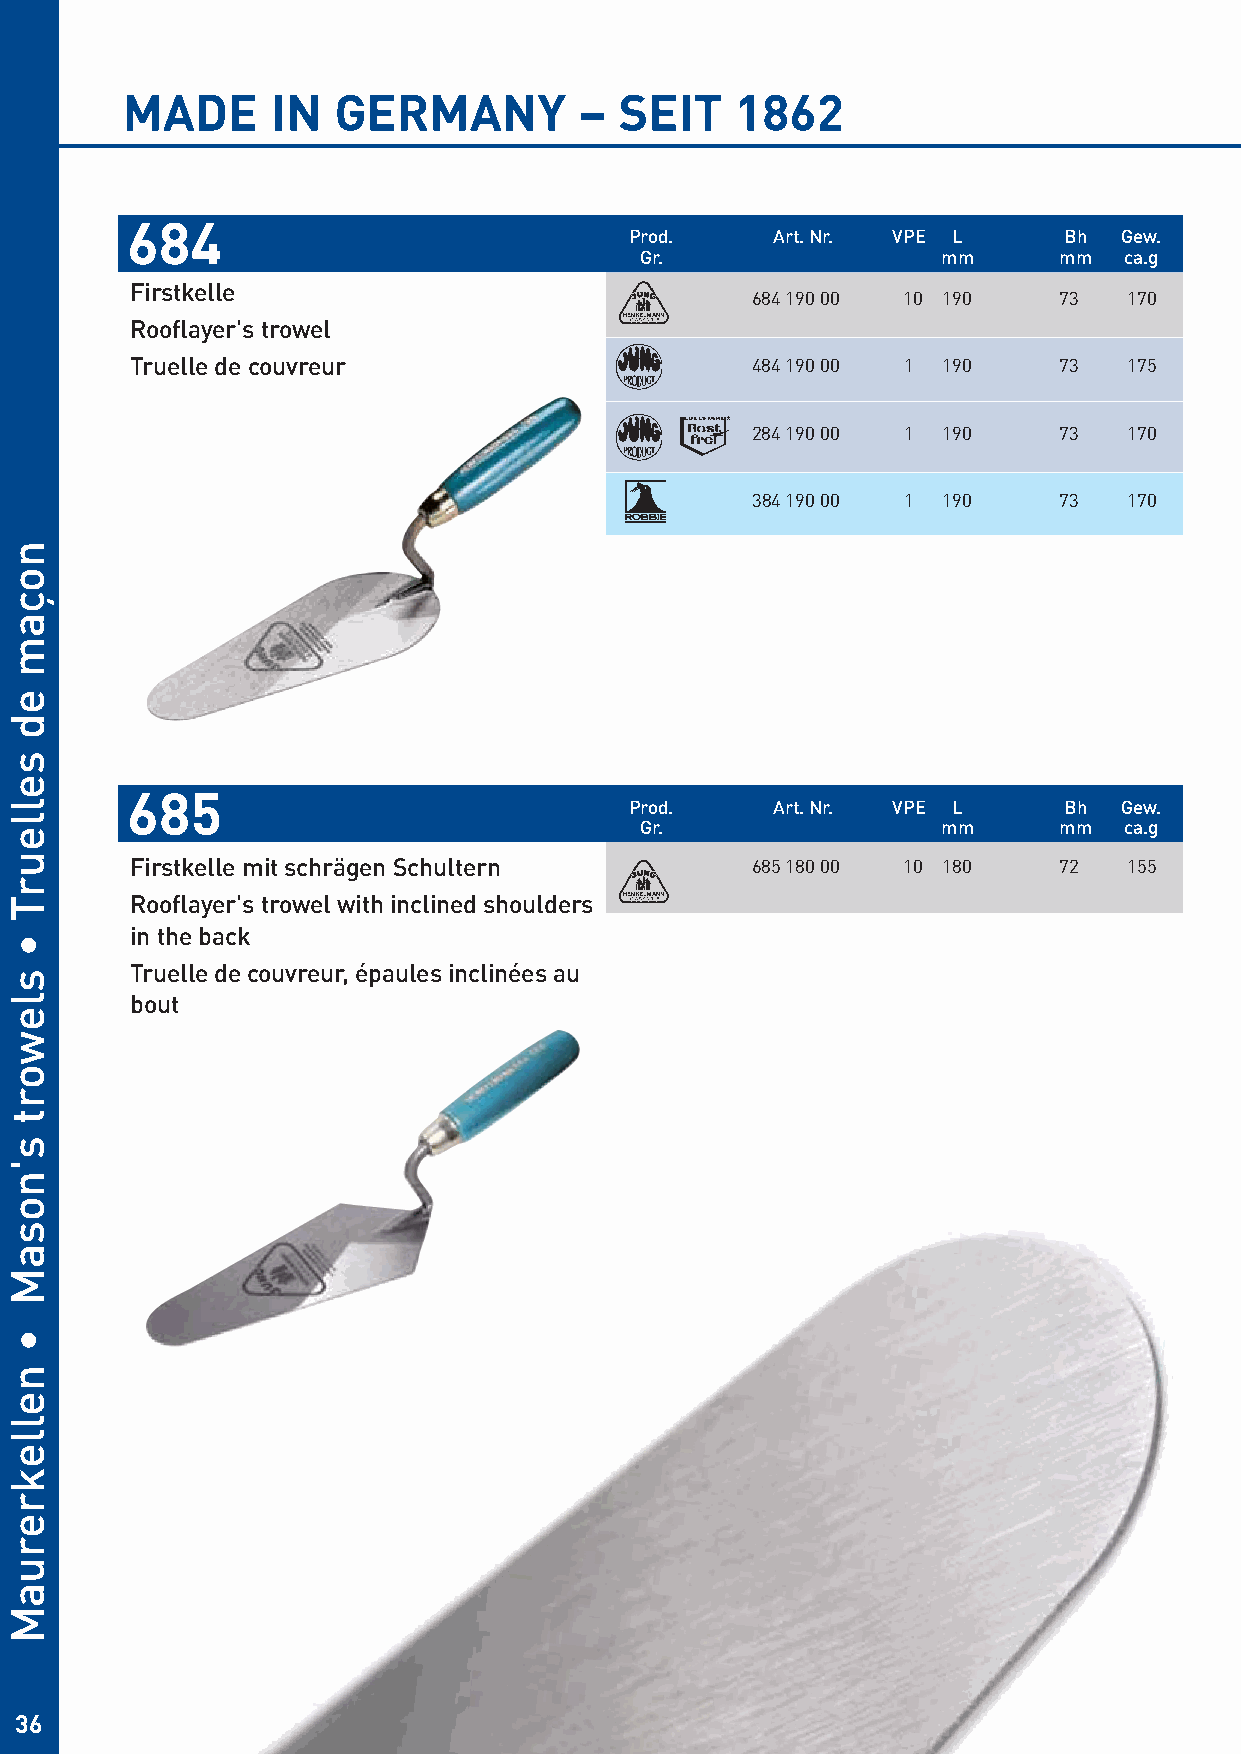
MADE      IN  GERMANY         –  SEIT    1862
 684
 Prod.    Art. Nr. VPE L     Bh  Gew.
 Gr.                 mm      mm  ca.g
 Firstkelle                               684 190 00 10 190   73   170
 Rooflayer's trowel
 Truelle de couvreur                      484 190 00 1 190    73   175
 284 190 00 1 190    73   170
 384 190 00 1 190    73   170
 685
 Prod.    Art. Nr. VPE L     Bh  Gew.
 Gr.                 mm      mm  ca.g
 Firstkelle mit schrägen Schultern        685 180 00 10 180   72   155
 Rooflayer's trowel with inclined shoulders
 in the back
 Truelle de couvreur, épaules inclinées au
 bout
 36
 noçam
 ed
 selleurT
 •
 slewort
 s'nosaM
 •
 nellekreruaM